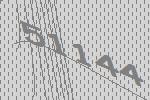
51144